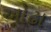
ઓઢા